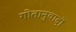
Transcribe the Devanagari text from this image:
गीतानुवादों